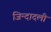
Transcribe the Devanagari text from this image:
जिन्दादली